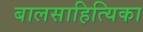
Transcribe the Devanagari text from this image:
बालसाहित्यिका